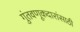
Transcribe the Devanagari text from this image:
गुंतवणूकदारांसाठी